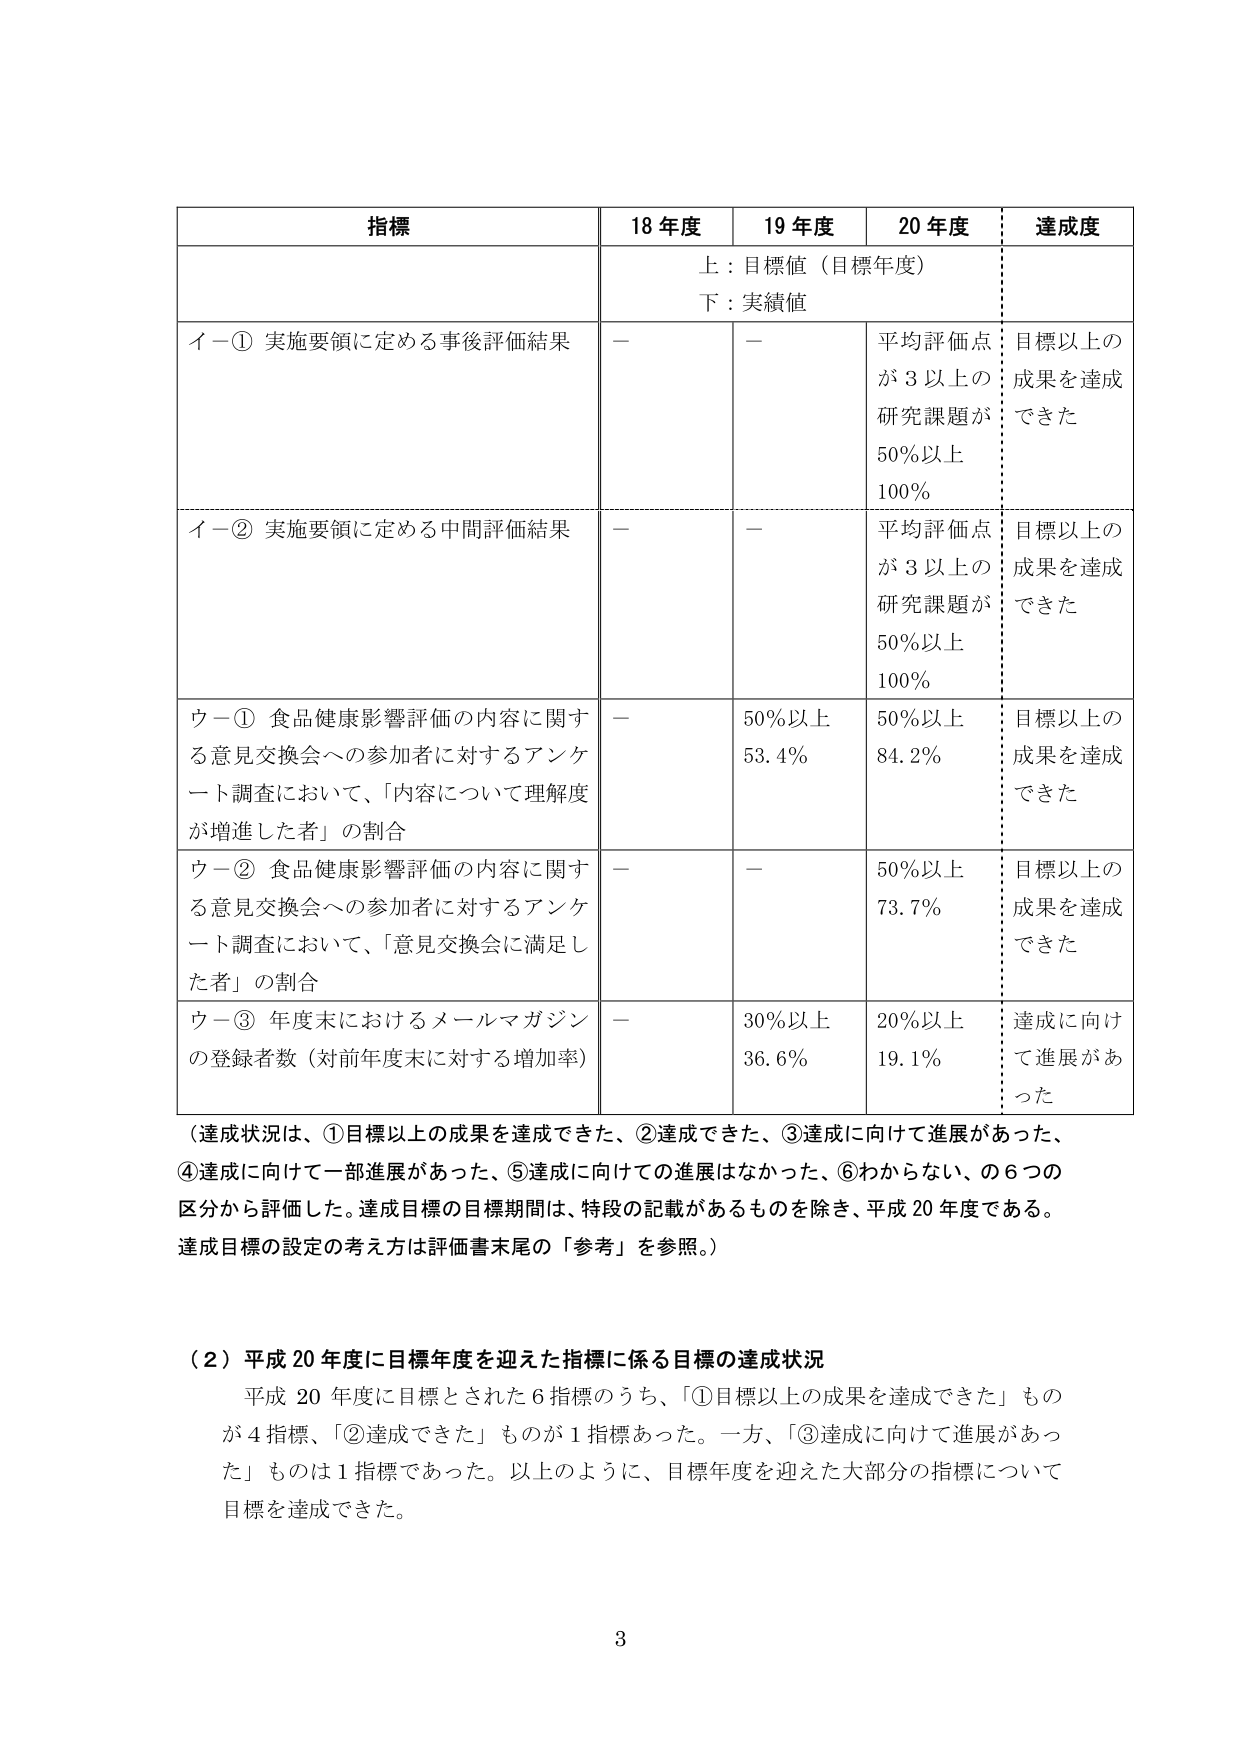
指標 18年度 19年度 20年度 達成度
上：目標値（目標年度）
下：実績値
イー① 実施要領に定める事後評価結果 － － 平均評価点が3以上の研究課題が50％以上100％ 目標以上の成果を達成できた
イー② 実施要領に定める中間評価結果 － － 平均評価点が3以上の研究課題が50％以上100％ 目標以上の成果を達成できた
ウー① 食品健康影響評価の内容に関する意見交換会への参加者に対するアンケート調査において、「内容について理解度が増進した者」の割合 － 50％以上53.4％ 50％以上84.2％ 目標以上の成果を達成できた
ウー② 食品健康影響評価の内容に関する意見交換会への参加者に対するアンケート調査において、「意見交換会に満足した者」の割合 － － 50％以上73.7％ 目標以上の成果を達成できた
ウー③ 年度末におけるメールマガジンの登録者数（対前年度末に対する増加率） － 30％以上36.6％ 20％以上19.1％ 達成に向けて進展があった
（達成状況は、①目標以上の成果を達成できた、②達成できた、③達成に向けて進展があった、④達成に向けて一部進展があった、⑤達成に向けての進展はなかった、⑥わからない、の6つの区分から評価した。達成目標の目標期間は、特段の記載があるものを除き、平成20年度である。達成目標の設定の考え方は評価書末尾の「参考」を参照。）
（2）平成20年度に目標年度を迎えた指標に係る目標の達成状況
平成20年度に目標とされた6指標のうち、「①目標以上の成果を達成できた」ものが4指標、「②達成できた」ものが1指標あった。一方、「③達成に向けて進展があった」ものは1指標であった。以上のように、目標年度を迎えた大部分の指標について目標を達成できた。
3